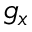
g _ { x }